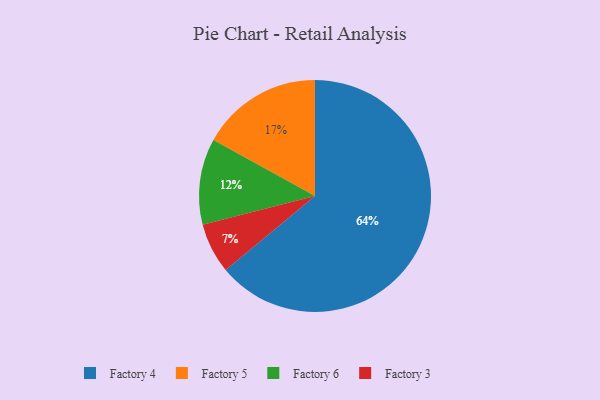
{"axis": {"x": "Category", "y": "Percentage"}, "legend": ["Factory 3", "Factory 4", "Factory 5", "Factory 6"], "data": [{"x": "Factory 4", "y": 64, "type": "Factory 4"}, {"x": "Factory 6", "y": 12, "type": "Factory 6"}, {"x": "Factory 5", "y": 17, "type": "Factory 5"}, {"x": "Factory 3", "y": 7, "type": "Factory 3"}]}